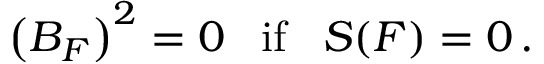
\left( { \cal B } _ { { \cal F } } \right) ^ { 2 } = 0 \; \; \; { \mathrm { i f } } \; \; \; { \cal S } ( { \cal F } ) = 0 \, .